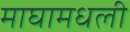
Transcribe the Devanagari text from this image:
माघामधली